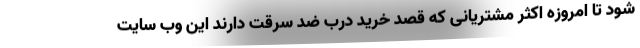
شود تا امروزه اکثر مشتریانی که قصد خرید درب ضد سرقت دارند این وب سایت